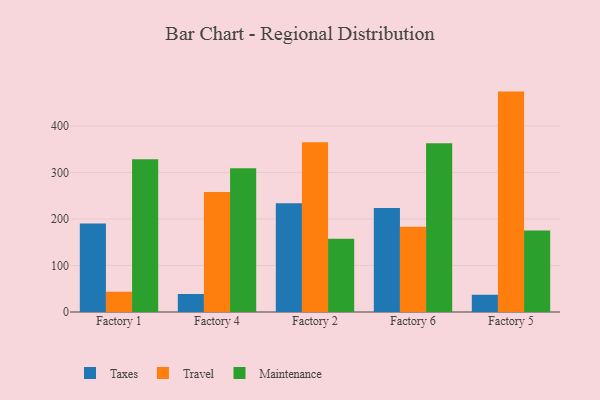
{"axis": {"x": "Factory", "y": "Population (Million)"}, "legend": ["Maintenance", "Taxes", "Travel"], "data": [{"x": "Factory 1", "y": 190.0, "type": "Taxes"}, {"x": "Factory 1", "y": 43.5, "type": "Travel"}, {"x": "Factory 1", "y": 328.6, "type": "Maintenance"}, {"x": "Factory 4", "y": 38.7, "type": "Taxes"}, {"x": "Factory 4", "y": 258.1, "type": "Travel"}, {"x": "Factory 4", "y": 309.1, "type": "Maintenance"}, {"x": "Factory 2", "y": 234.0, "type": "Taxes"}, {"x": "Factory 2", "y": 365.1, "type": "Travel"}, {"x": "Factory 2", "y": 157.2, "type": "Maintenance"}, {"x": "Factory 6", "y": 223.7, "type": "Taxes"}, {"x": "Factory 6", "y": 183.1, "type": "Travel"}, {"x": "Factory 6", "y": 363.0, "type": "Maintenance"}, {"x": "Factory 5", "y": 37.1, "type": "Taxes"}, {"x": "Factory 5", "y": 473.8, "type": "Travel"}, {"x": "Factory 5", "y": 175.0, "type": "Maintenance"}]}